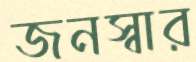
জনস্বার